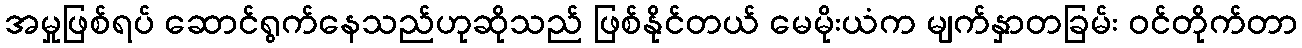
အမှုဖြစ်ရပ် ဆောင်ရွက်နေသည်ဟုဆိုသည် ဖြစ်နိုင်တယ် မေမိုးယံက မျက်နှာတခြမ်း ဝင်တိုက်တာ